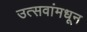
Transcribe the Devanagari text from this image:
उत्सवांमधून